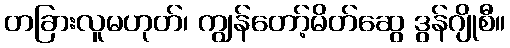
တခြားလူမဟုတ်၊ ကျွန်တော့်မိတ်ဆွေ ဒွန်ဂျိုစီ။